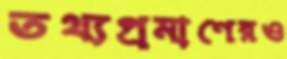
তথ্যপ্রমাণেরও